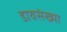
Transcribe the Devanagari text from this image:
डावसंख्या